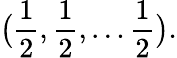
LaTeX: {\bigl(}{\frac{1}{2}},{\frac{1}{2}},\ldots{\frac{1}{2}}{\bigr)}.